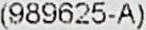
(989625-A)